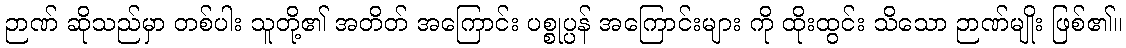
ဉာဏ် ဆိုသည်မှာ တစ်ပါး သူတို့၏ အတိတ် အကြောင်း ပစ္စုပ္ပန် အကြောင်းများ ကို ထိုးထွင်း သိသော ဉာဏ်မျိုး ဖြစ်၏။